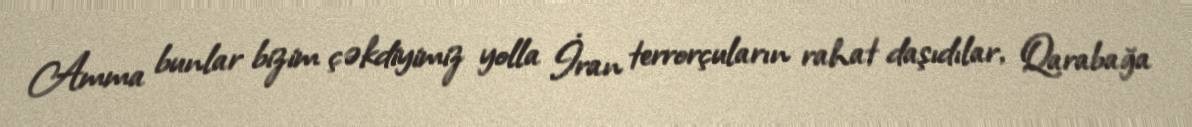
Amma bunlar bizim çəkdiyimiz yolla İran terrorçuların rahat daşıdılar, Qarabağa